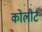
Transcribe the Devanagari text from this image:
कोलीट